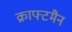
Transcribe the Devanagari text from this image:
क्राफ्टमैन